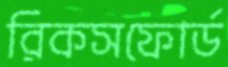
রিকসফোর্ড